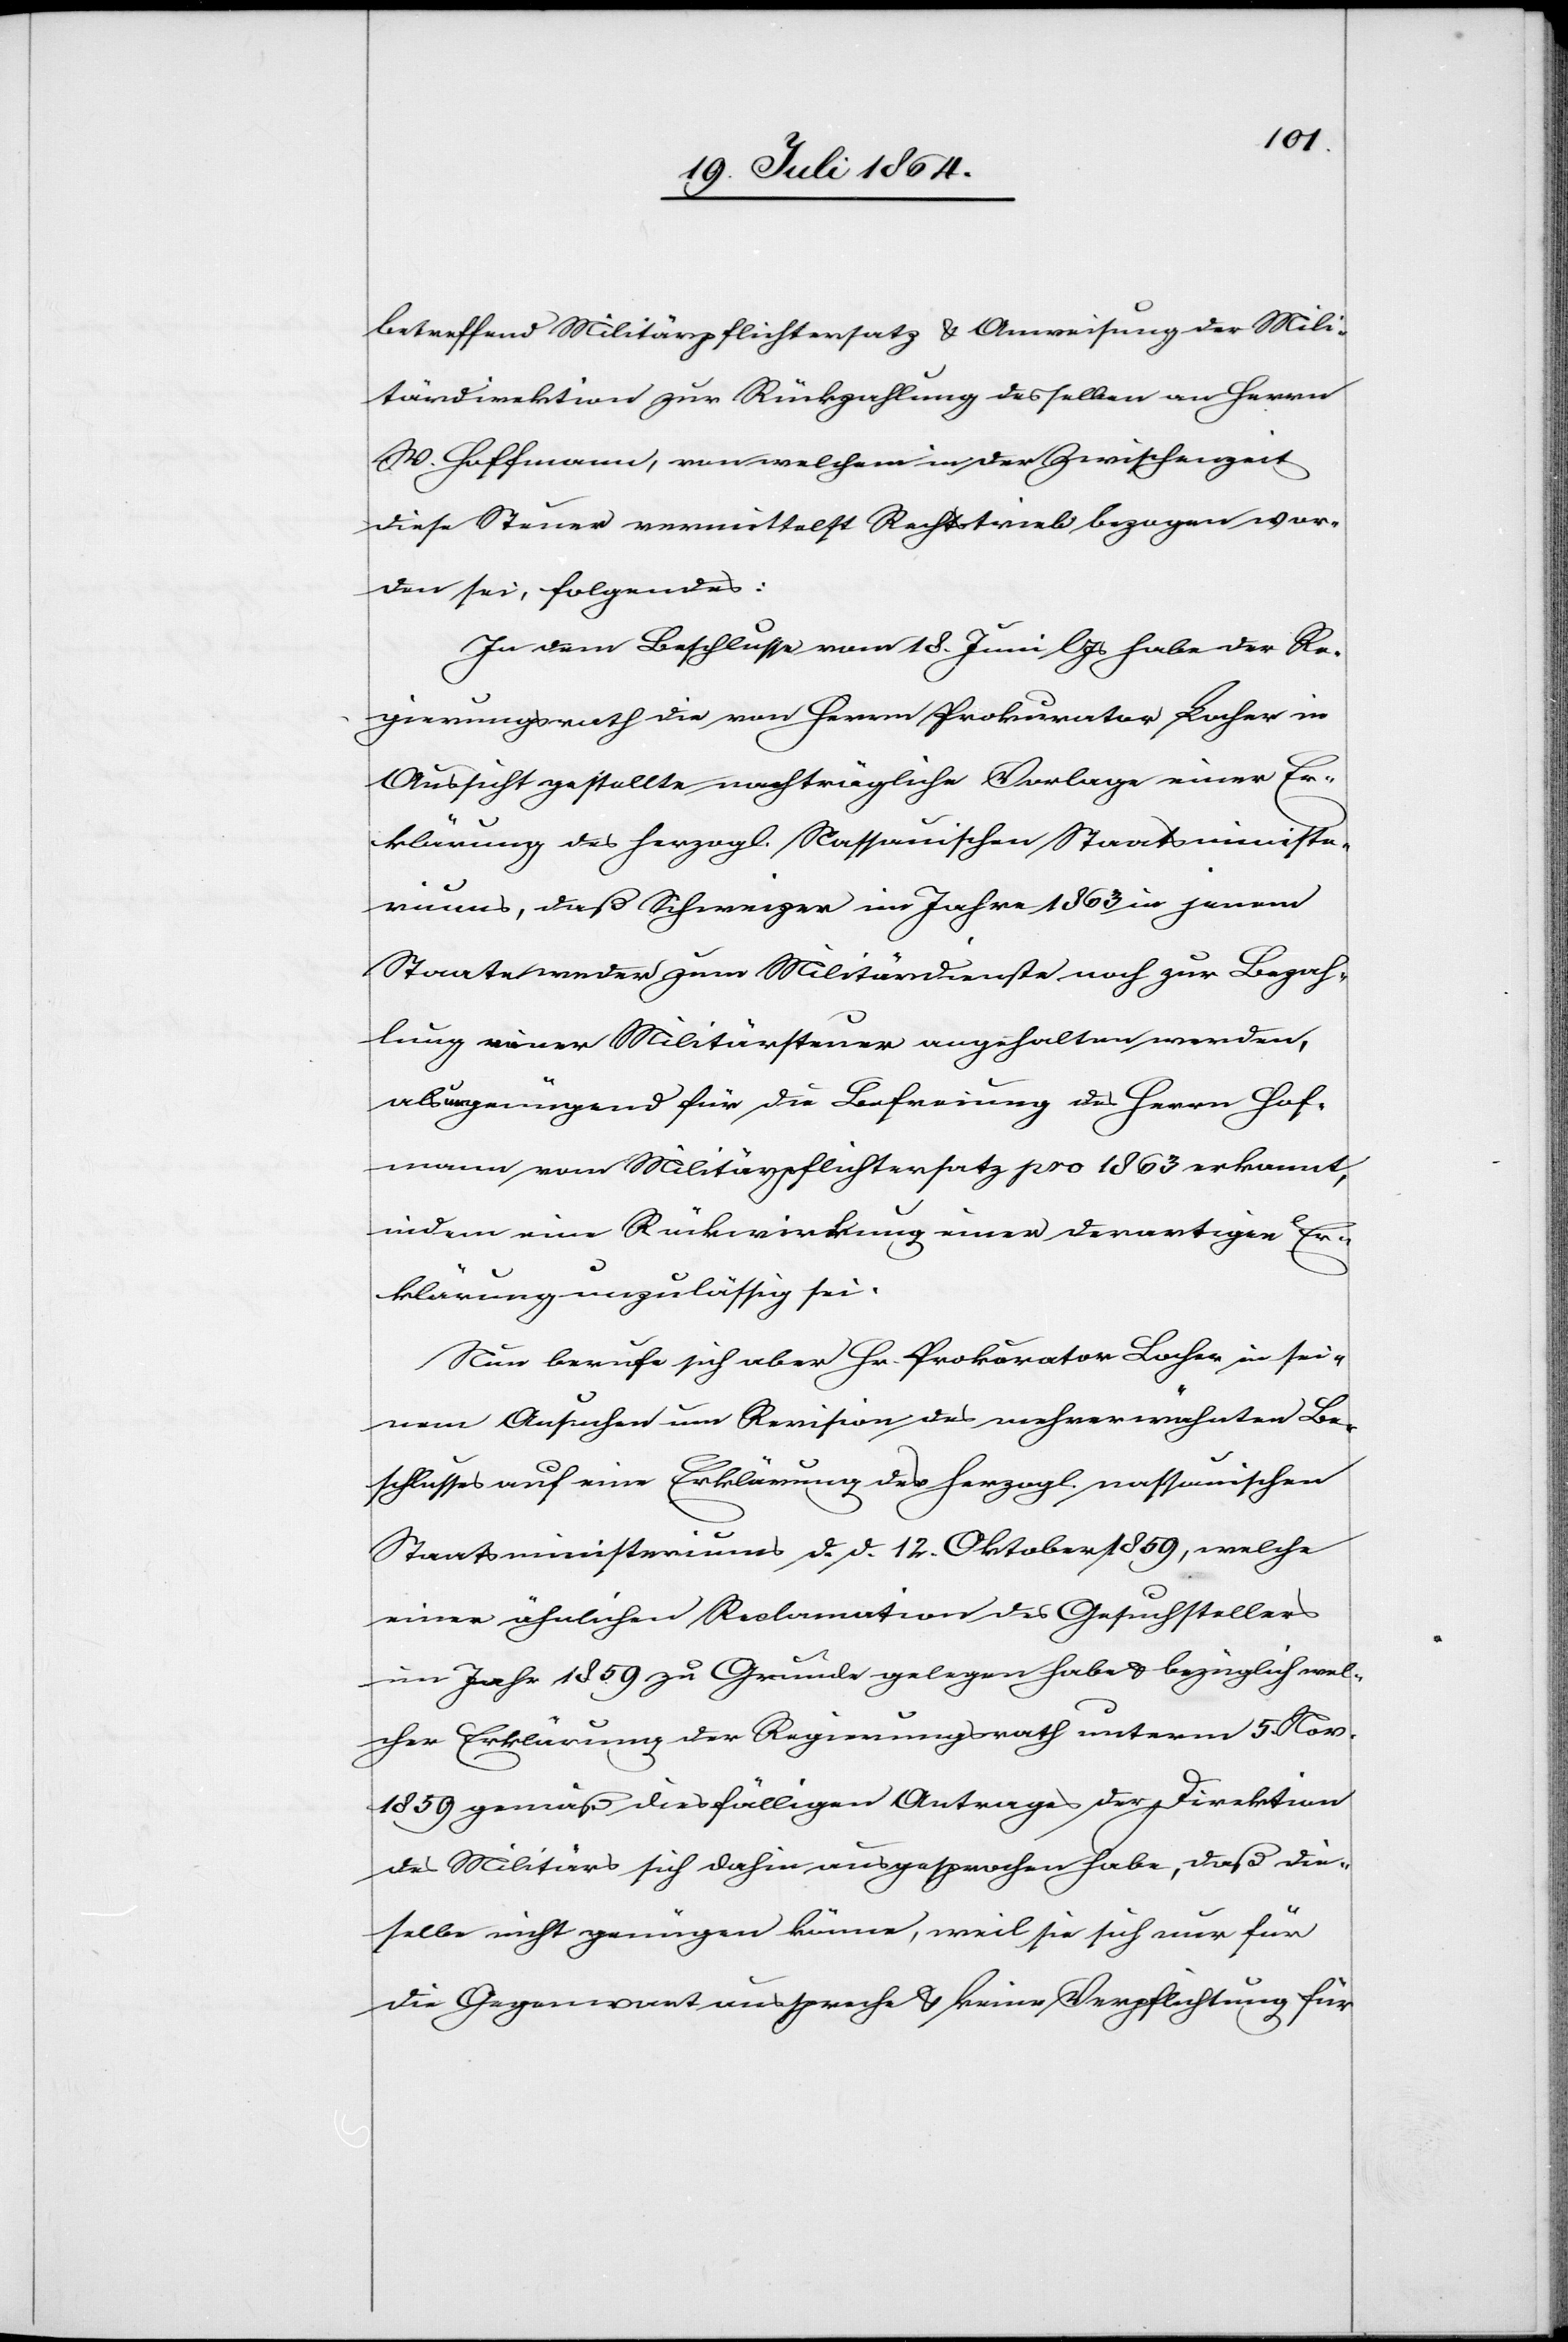
betreffend Militärpflichtersatz u. Anweisung der Mili¬
tärdirektion zur Rückzahlung desselben an Herrn
W. Hoffmann, von welchem in der Zwischenzeit
diese Steuer vermittelst Rechtstrieb bezogen wor¬
den sei, folgendes:
In dem Beschlusse vom 18. Juni l. Js habe der Re¬
gierungsrath die von Herrn Prokurator Locher in
Aussicht gestellte nachträgliche Vorlage einer Er¬
klärung des herzogl. Nassauischen Staatsministe¬
riums, daß Schweizer im Jahre 1863 in jenem
Staate weder zum Militärdienste noch zur Bezah¬
lung einer Militärsteuer angehalten werden,
als ungenügend für die Befreiung des Herrn Hof¬
mann vom Militärpflichtersatz pro 1863 erkannt,
indem eine Rückwirkung einer derartigen Er¬
klärung unzulässig sei.
Nun berufe sich aber Hr. Prokurator Locher in sei¬
nem Ansuchen um Revision des mehrerwähnten Be¬
schlusses auf eine Erklärung des herzogl. nassauischen
Staatsministeriums d. d. 12. Oktober 1859, welche
einer ähnlichen Reclamation des Gesuchstellers
im Jahr 1859 zu Grunde gelegen habe u. bezüglich wel¬
cher Erklärung der Regierungsrath unterm 5. Nov.
1859 gemäß diesfälligen Antrages der Direktion
des Militärs sich dahin ausgesprochen habe, daß die¬
selbe nicht genügen könne, weil sie sich nur für
die Gegenwart ausspreche u. keine Verpflichtung für